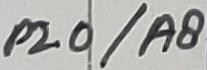
Text: P2.0/A8